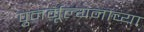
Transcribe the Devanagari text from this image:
पुनर्मूल्यनाच्या